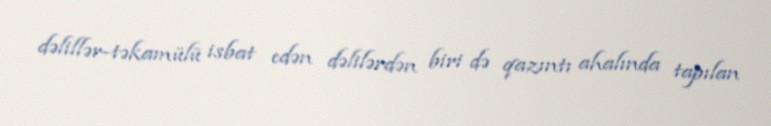
dəlillər-təkamülü isbat edən dəlilərdən biri də qazıntı ahalında tapılan